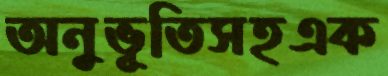
অনুভূতিসহএক